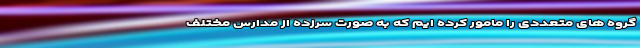
گروه های متعددی را مامور کرده ایم که به صورت سرزده از مدارس مختلف